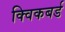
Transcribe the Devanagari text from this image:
क्विकबर्ड